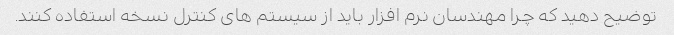
توضیح دهید که چرا مهندسان نرم افزار باید از سیستم های کنترل نسخه استفاده کنند.